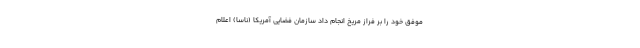
موفق خود را بر فراز مریخ انجام داد سازمان فضایی آمریکا (ناسا) اعلام